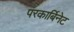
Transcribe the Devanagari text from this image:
परकार्बिनेट